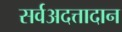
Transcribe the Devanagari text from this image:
सर्वअदत्तादान